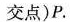
交点)P。